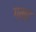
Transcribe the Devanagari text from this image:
ग़म्द